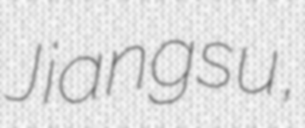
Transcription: Jiangsu,